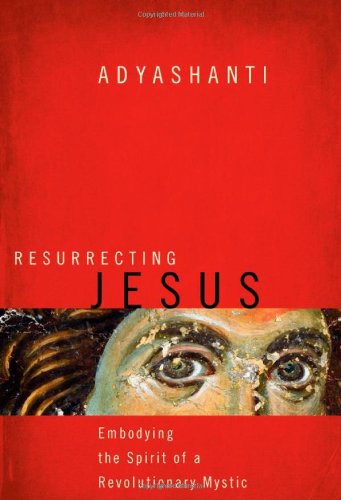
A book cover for Resurrecting Jesus: Embodying the Spirit of a Revolutionary Mystic; Adyashanti; Christian Books & Bibles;